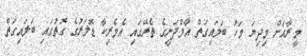
މީރާއަށް މިދިޔަ މަހު ބަލައިގަތް އާމްދަނީގެ ތެރޭގައި އެމެރިކާ ޑޮލަރުގެ ގޮތުގައި ބަލައިގަތް